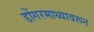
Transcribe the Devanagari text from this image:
डोंगरमाथ्यावरून